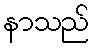
နာသည်